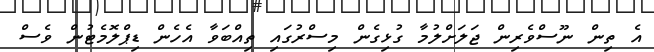
އެ ތިން ނޫސްވެރިން ޖަލަށްލުމާ ގުޅިގެން މިސްރުގައި ތިއްބަވާ އެހެން ޑިޕްލޮމެޓުން ވެސް